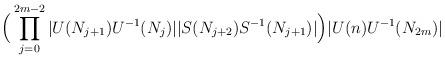
LaTeX: \begin{align*}\Big(\prod\limits_{j=0}^{2m-2}|U(N_{j+1})U^{-1}(N_{j})||S(N_{j+2})S^{-1}(N_{j+1})|\Big)|U(n)U^{-1}(N_{2m})| \end{align*}